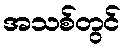
အသစ်တွင်